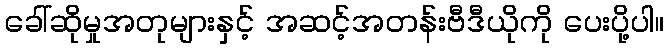
ခေါ်ဆိုမှုအတုများနှင့် အဆင့်အတန်းဗီဒီယိုကို ပေးပို့ပါ။